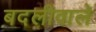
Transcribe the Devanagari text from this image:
बदलीवाले